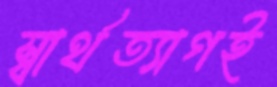
স্বার্থত্যাগই